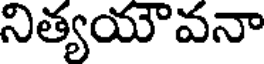
నిత్యయౌవనా